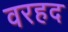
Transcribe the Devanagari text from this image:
वरहद